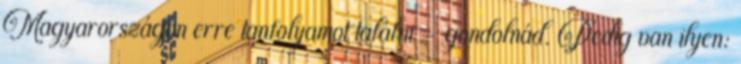
Magyarországon erre tanfolyamot találni – gondolnád. Pedig van ilyen: